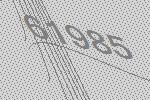
61985